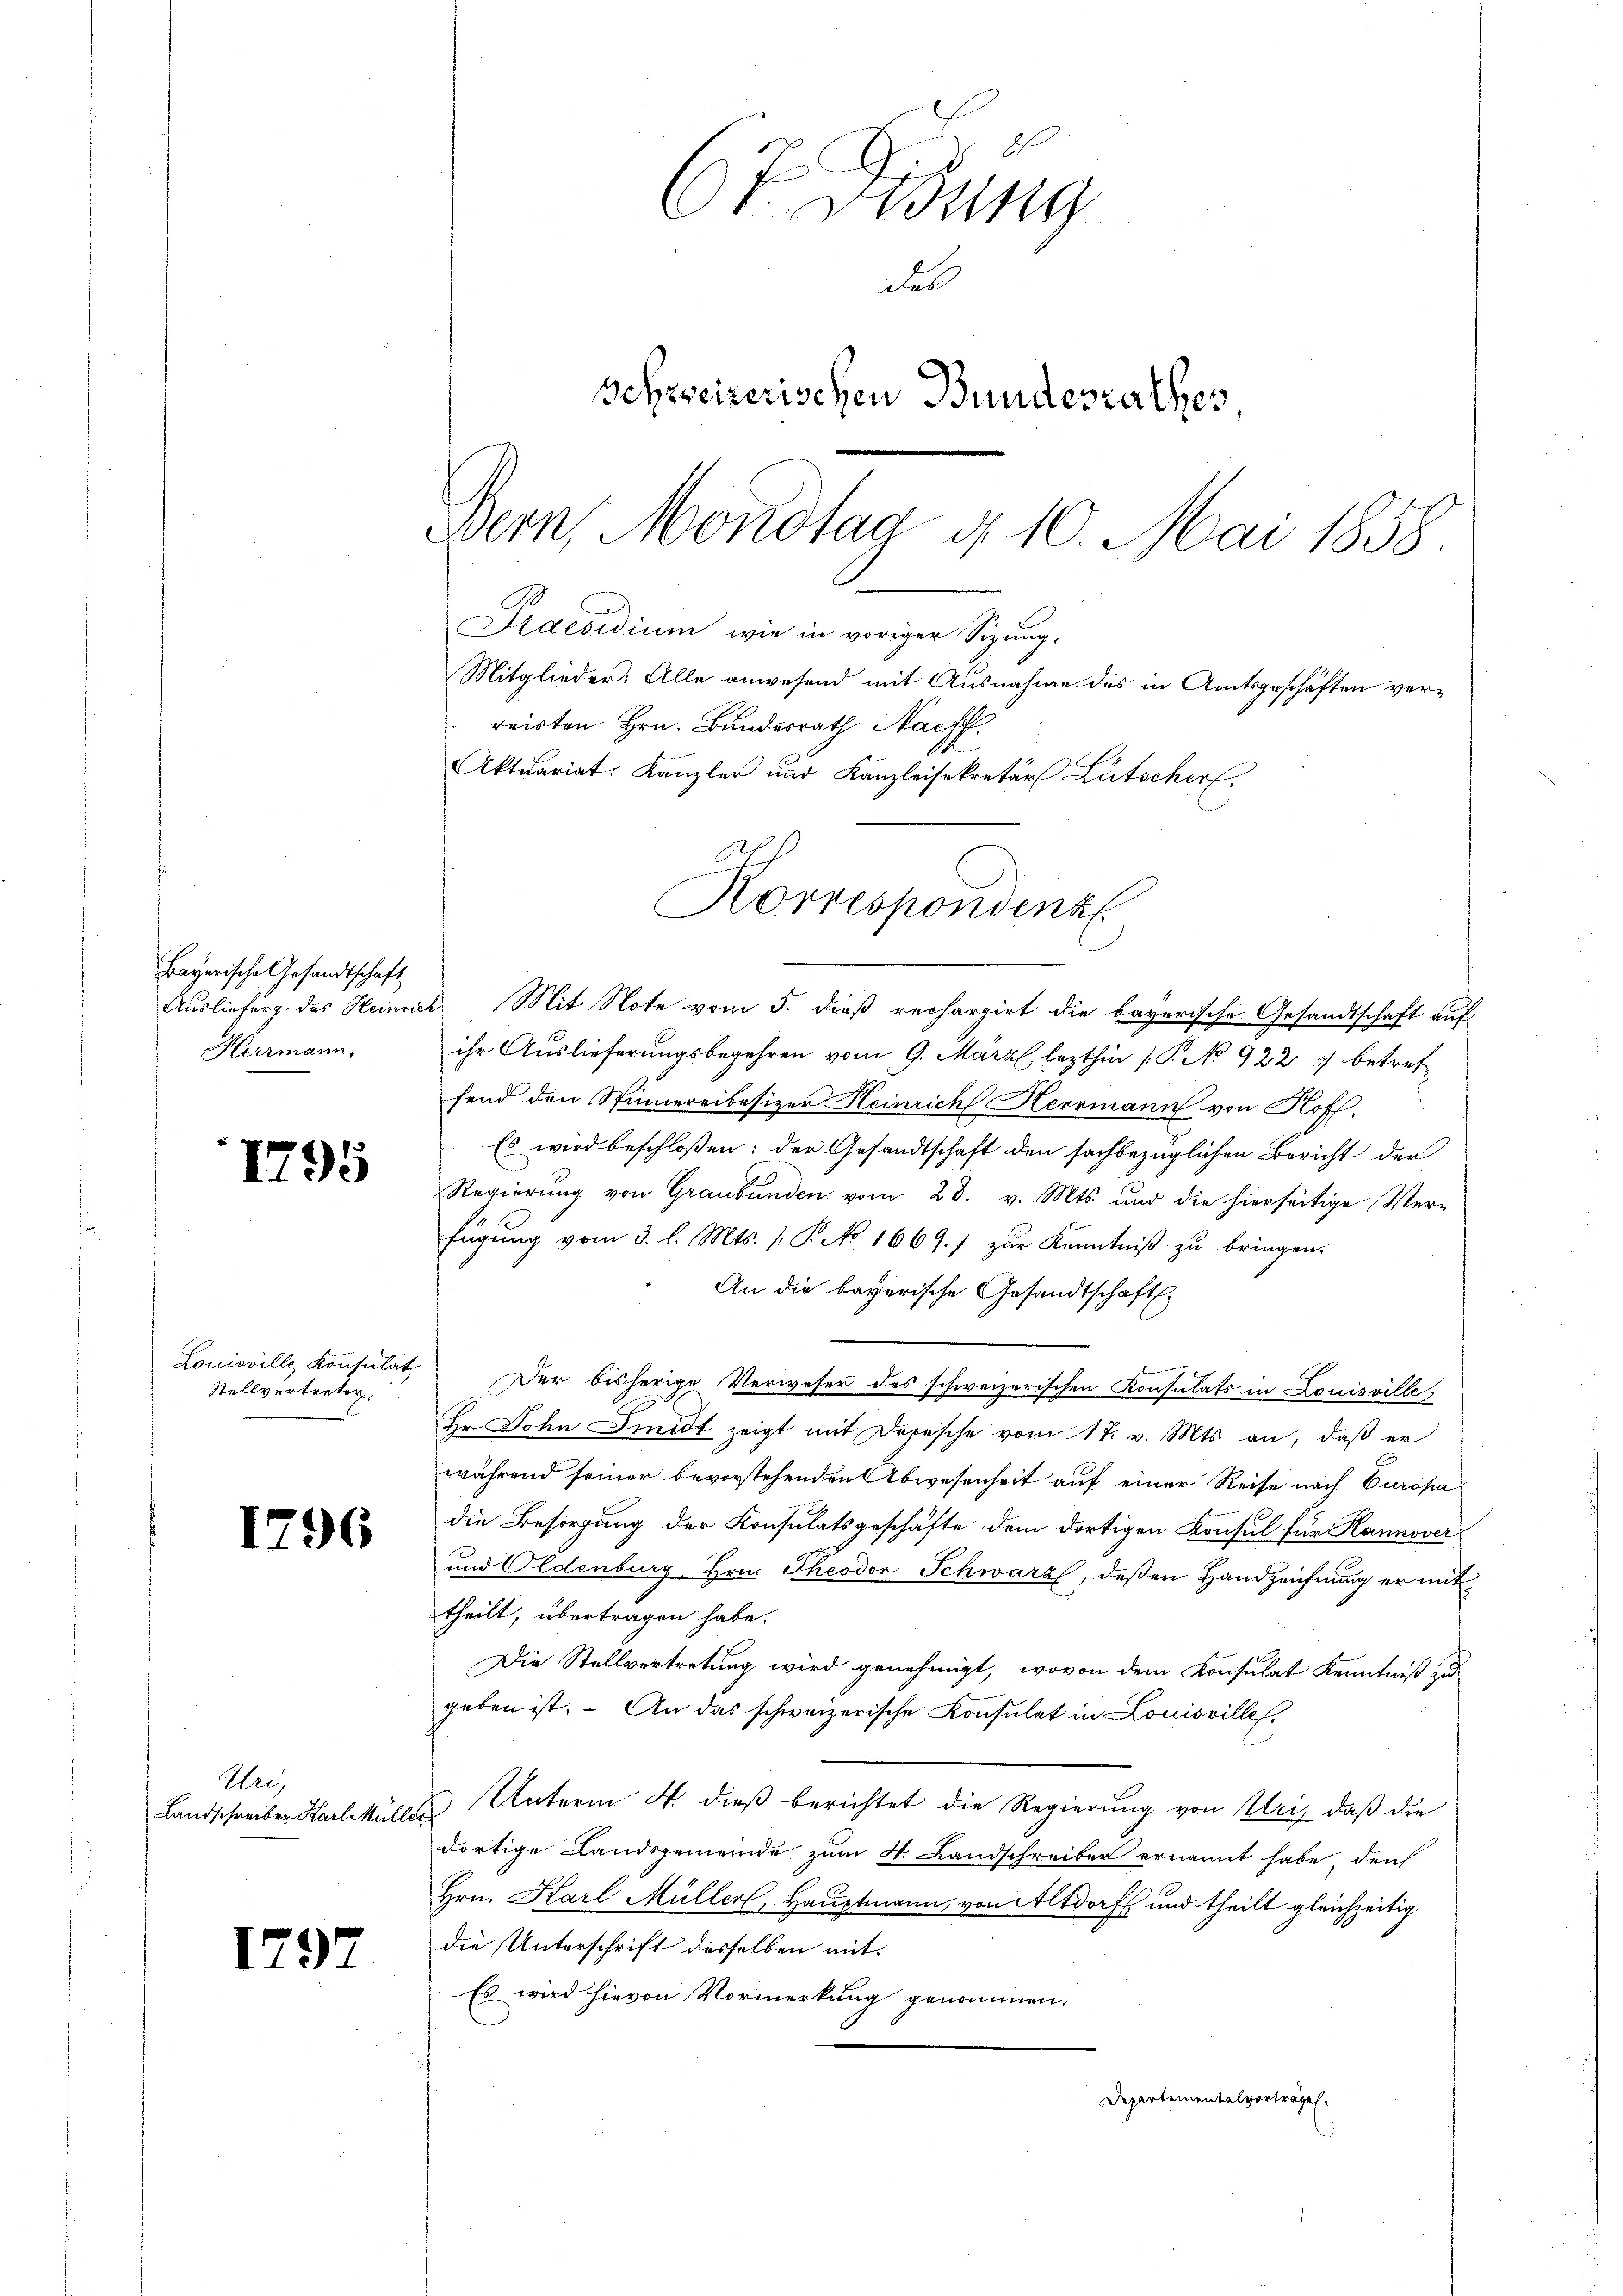
Bayerische Gesandtschaft
Auslieferg. das Heinrich
Herrmann.

1795

Louisville Konsulat
Stellvertreter

1796

Au,
Landschreiber Karl Müller

1797

67. Didung
des
Schreizerischen Bundesrathes
Bern, Mondtag d. 10. Mai 1858.
Praesidium wie in voriger Sizung.
Mitglieder: Alle anwesend mit Ausnahme des in Amtsgeschäften verreisten Hrn. Bundesrath Nachf
Aktuariat: Kanzler und Kanzleisekretär Lutscherf.

Korrespondenz

Mit Note vom 5. dieß rechargirt die bayerische Gesandtschaft auf
ihr Auslieferungsbegehren vom 9. März, lezthin [P. No 922 7 betreffend den Spinnereibesizer Heinrich Herrmann von Hoff¬
Es wird beschloßen: der Gesandtschaft den sachbezüglichen Bericht der
Regierŭng von Graubünden vom 28. v. Mts. und die hierseitige Verfügung vom 3. l. Mts. (: P. No 1669.) zur Kenntniß zu bringen.
An die bayerische Gesandtschaft.
Fr.
Der bisherige Verweser des schweizerischen Konsulats in Louisville,
Hr. John Smidt zeigt mit Depesche vom 17. v. Mts. an, daß er
während seiner bevorstehenden Abwesenheit auf einer Reise nach Europa
die Besorgung der Konsulatsgeschäfte dem dortigen Konsul für Hannover
und Oldenburg, Hrn. Theodor Schwarz, deßen Handzeichnung er mittheilt, übertragen habe.
Die Stellvertretung wird genehmigt, wovon dem Konsulat Kenntniß zu
geben ist. – An das schweizerische Konsulat in Louisvilles.
Unterm 4. dieß berichtet die Regierung von Uri, daß die
dortige Landsgemeinde zum 4. Landschreiber ernannt habe, den
Hrn. Karl Müller, Hauptmann, von Altdorf und theilt gleichzeitig
die Unterschrift desselben mit
Es wird hievon Vormerkung genommen.
Departementalverträge.